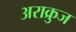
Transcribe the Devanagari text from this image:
अराक्रुज